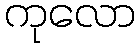
ကုလော